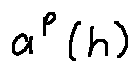
a ^ { P } ( h )